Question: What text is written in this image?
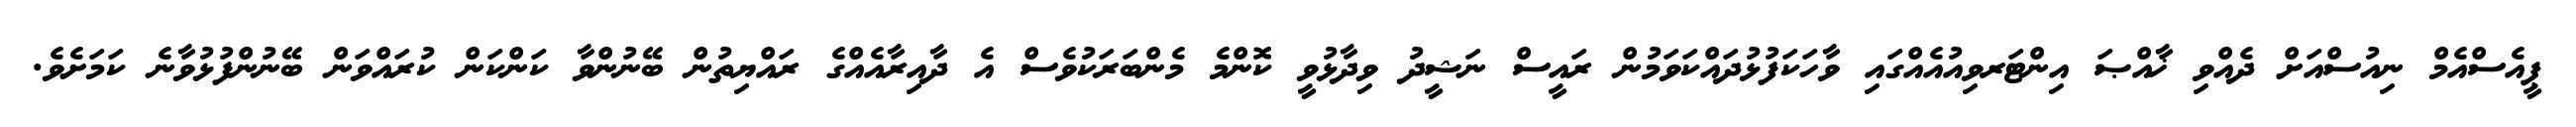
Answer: ޕީއެސްއެމް ނިއުސްއަށް ދެއްވި ޚާއްޞަ އިންޓަރވިއުއެއްގައި ވާހަކަފުޅުދައްކަވަމުން ރައީސް ނަޝީދު ވިދާޅުވީ ކޮންމެ މެންބަރަކުވެސް އެ ދާއިރާއެއްގެ ރައްޔިތުން ބޭނުންވާ ކަންކަން ކުރައްވަން ބޭނުންފުޅުވާނެ ކަމަށެވެ.